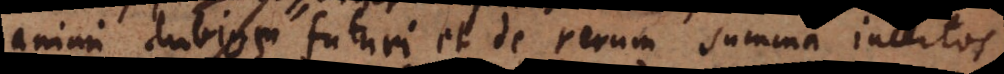
animi dubios futuri et de rerum summa incertos